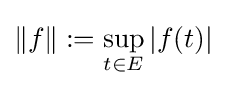
\|f\|:=\sup _{t\in E}|f(t)|